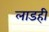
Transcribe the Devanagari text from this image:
लाडही